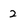
Character: 2